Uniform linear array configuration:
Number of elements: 16
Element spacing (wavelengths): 0.75
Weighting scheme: cosine
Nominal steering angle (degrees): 0
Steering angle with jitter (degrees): -1.91
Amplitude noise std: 0.05
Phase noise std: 0.05

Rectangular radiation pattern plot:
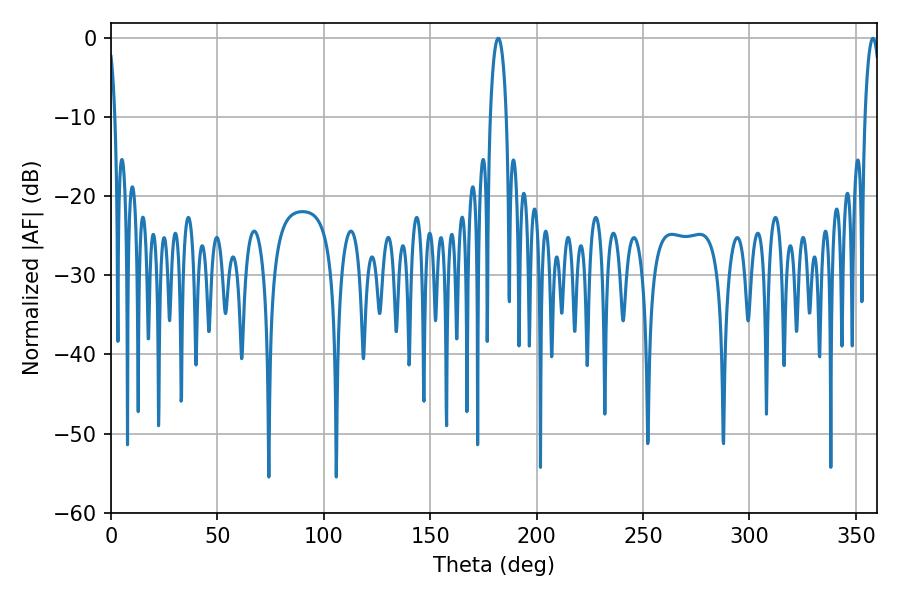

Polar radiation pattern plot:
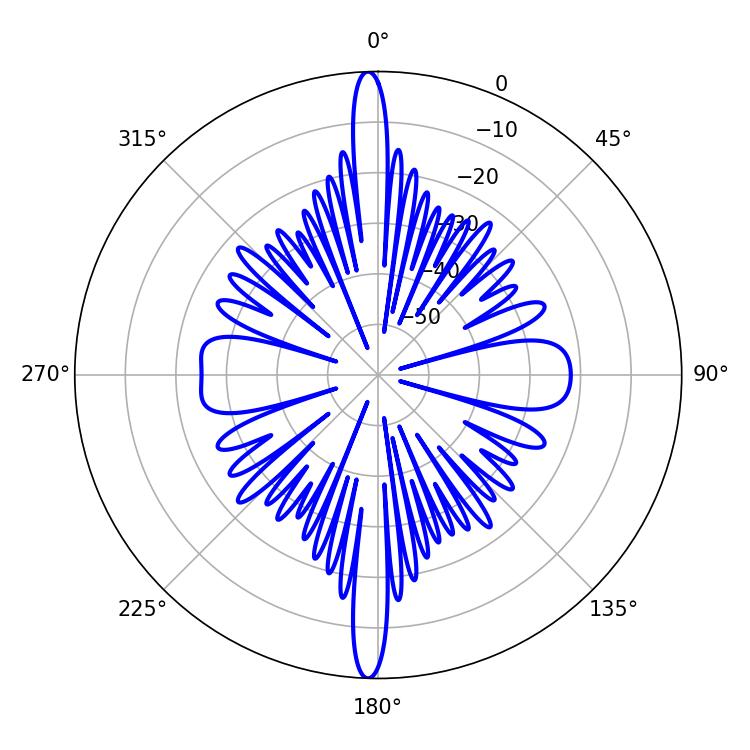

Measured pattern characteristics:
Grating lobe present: TRUE
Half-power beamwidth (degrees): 4.14
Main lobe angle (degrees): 358.02